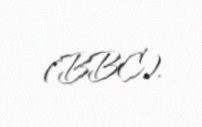
(BBC).